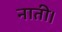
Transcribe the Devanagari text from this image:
नाती।